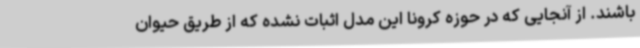
باشند. از آنجایی که در حوزه کرونا این مدل اثبات نشده که از طریق حیوان